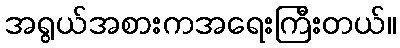
အရွယ်အစားကအရေးကြီးတယ်။